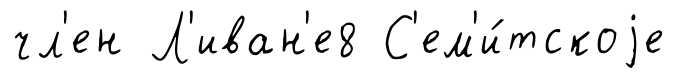
чл'ен Л'иван'е8 С'ем'и́тскоjе